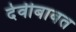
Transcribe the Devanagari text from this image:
देवीबाबत